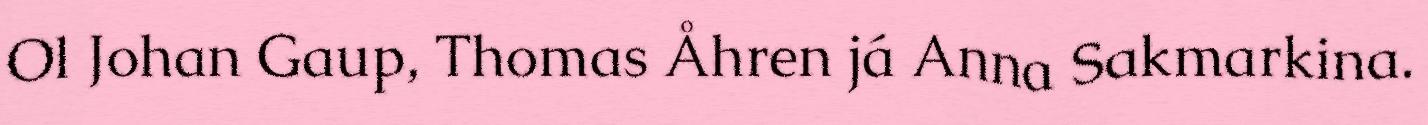
Ol Johan Gaup, Thomas Åhren já Anna Sakmarkina.